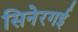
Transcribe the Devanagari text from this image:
सिनेरगई